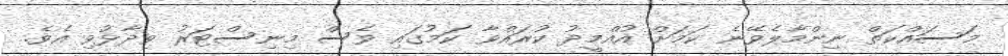
މަސައްކަތް ނިންމާލެވޭނެ ކަމަށް އުއްމީދު ކުރައްވާ ކަމުގައި ވެސް މިނިސްޓަރު ވިދާޅުވި އެވެ.